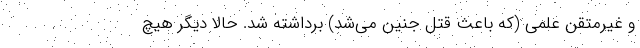
و غیرمتقن علمی (که باعث قتل جنین می‌شد) برداشته شد. حالا دیگر هیچ